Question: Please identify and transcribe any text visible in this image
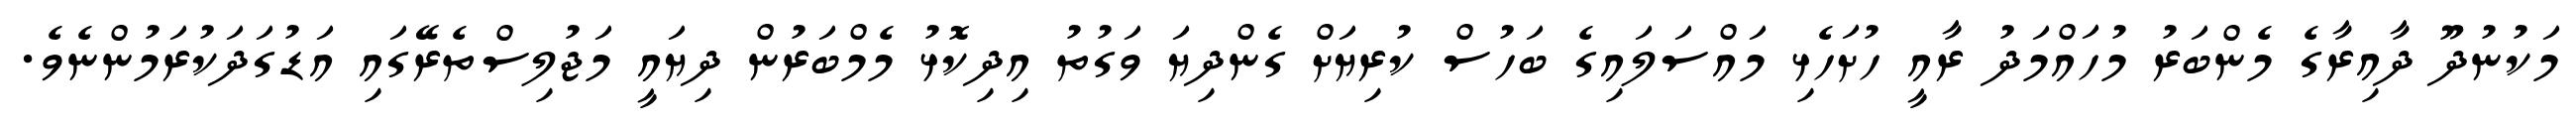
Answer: މަކުނުދޫ ދާއިރާގެ މެންބަރު މުހައްމަދު ރާއީ ހުށަހެޅި މައްސަލައިގެ ބަހުސް ކުރިޔަށް ގެންދިޔަ ވަގުތު އިދިކޮޅު މެމްބަރުން ދިޔައީ މަޖުލިސްތެރޭގައި އަޑުގަދަކުރަމުންނެވެ.